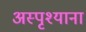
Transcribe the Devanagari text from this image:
अस्पृश्याना